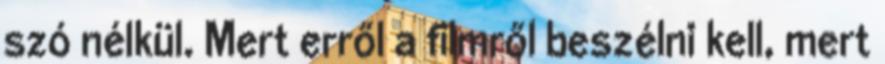
szó nélkül. Mert erről a filmről beszélni kell, mert